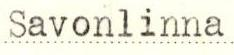
Savonlinna